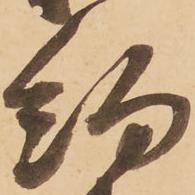
約